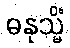
ဓနုသ္မိံ